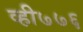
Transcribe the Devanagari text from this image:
व्ही७७६